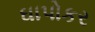
ઘાપોકર